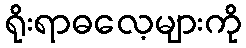
ရိုးရာဓလေ့များကို